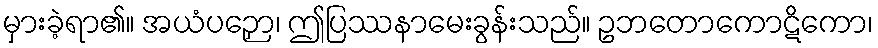
မှားခဲ့ရာ၏။ အယံပဉှော၊ ဤပြဿနာမေးခွန်းသည်။ ဥဘတောကောဋိကော၊